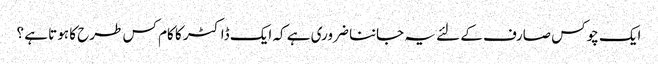
ایک چوکس صارف کے لئے یہ جاننا ضروری ہے کہ ایک ڈاکٹر کا کام کس طرح کا ہوتا ہے ؟